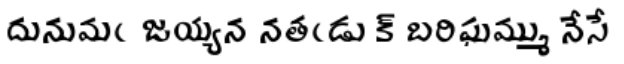
దునుమఁ జయ్యన నతఁడు క్ బరిఘమ్ము నేసే